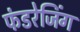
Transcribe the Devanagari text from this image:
फंडरेजिंग